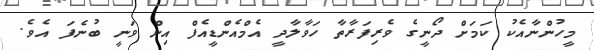
މީހުންނާއެކު ކަމަށް ދޯނީގެ ވެރިފަރާތާ ހަވާލާދީ އެެމްއެންޑީއެފް އިން ވަނީ ބުނެފަ އެވެ.